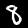
Label: 8